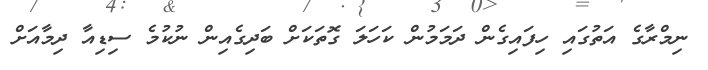
ނިމްރާގެ އަތުގައި ހިފައިގެން ދަމަމުން ކަހަލަ ގޮތަކަށް ބަދިގެއިން ނުކުމެ ސިޑިއާ ދިމާއަށް